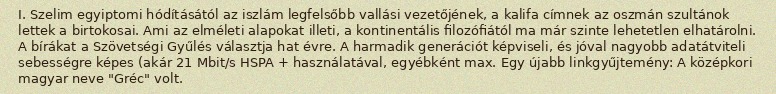
I. Szelim egyiptomi hódításától az iszlám legfelsőbb vallási vezetőjének, a kalifa címnek az oszmán szultánok lettek a birtokosai. Ami az elméleti alapokat illeti, a kontinentális filozófiától ma már szinte lehetetlen elhatárolni. A bírákat a Szövetségi Gyűlés választja hat évre. A harmadik generációt képviseli, és jóval nagyobb adatátviteli sebességre képes (akár 21 Mbit/s HSPA + használatával, egyébként max. Egy újabb linkgyűjtemény: A középkori magyar neve "Gréc" volt.